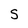
Character: S